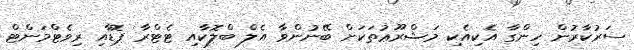
ސަރުކާރުން ހިންގާ އެކިއެކި މަޝްރޫޢުތަކަށް ބޭނުންވާ އެލް ބްލޮކާއި ޓެޓްރާ ޕޮޑާއި ރިވެޓްމަންޓް